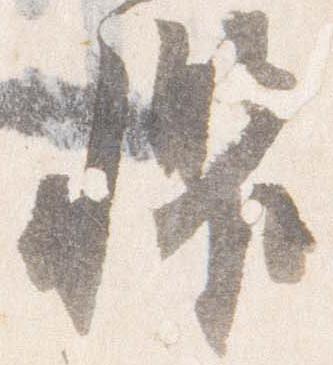
懼